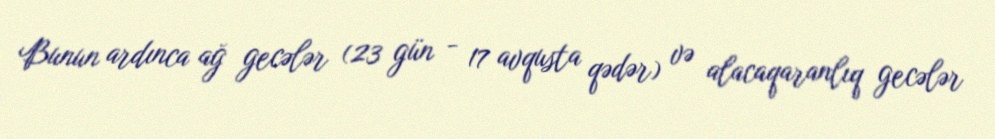
Bunun ardınca ağ gecələr (23 gün - 17 avqusta qədər) və alacaqaranlıq gecələr